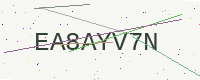
Text: EA8AYV7N